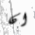
ان